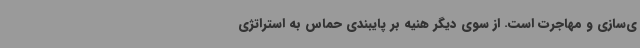
ی‌سازی و مهاجرت است. از سوی دیگر هنیه بر پایبندی حماس به استراتژی